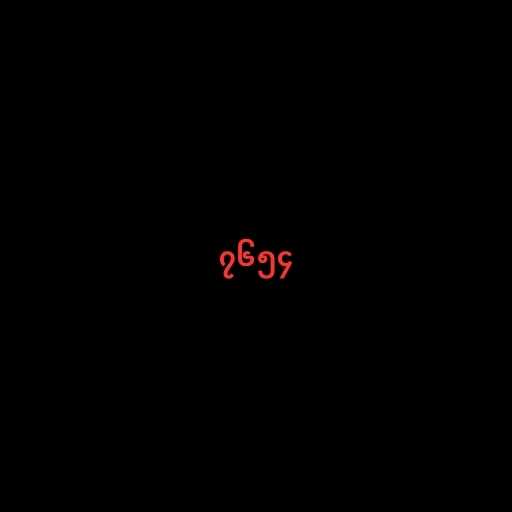
၇၆၅၄